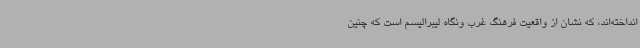
انداخته‌اند، که نشان از واقعیت فرهنگ غرب ونگاه لیبرالیسم است که چنین